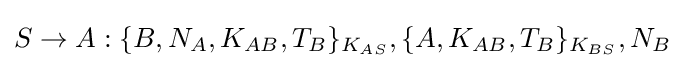
S\rightarrow A:\{B,N_{A},K_{AB},T_{B}\}_{K_{AS}},\{A,K_{AB},T_{B}\}_{K_{BS}},N_{B}